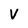
Character: V